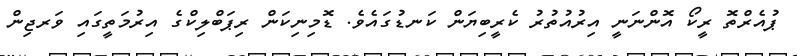
ޕުއެރްތޮ ރީކޯ އޮންނަނީ އިރުއުތުރު ކެރީބިޔަން ކަނޑުގައެވެ. ޑޮމިނިކަން ރިޕަބްލިކްގެ އިރުމަތީގައި ވަރޖިން